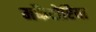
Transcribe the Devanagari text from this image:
मर्कैटोरिया